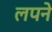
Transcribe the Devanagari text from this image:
लपने